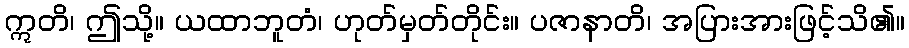
ဣတိ၊ ဤသို့။ ယထာဘူတံ၊ ဟုတ်မှတ်တိုင်း။ ပဇာနာတိ၊ အပြားအားဖြင့်သိ၏။